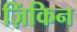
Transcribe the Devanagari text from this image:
ज़िंकिन